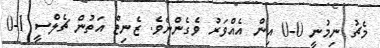
މެޗު ނިމުނީ 0-0 އިން އެއްވަރު ވެގެންނެވެ. ޒެނިޓް އަތުން ޗެލްސީ 1-0